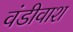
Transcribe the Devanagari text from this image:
वंडीवाश